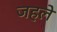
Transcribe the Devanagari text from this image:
जहले